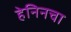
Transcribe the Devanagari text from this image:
हेनिनचा